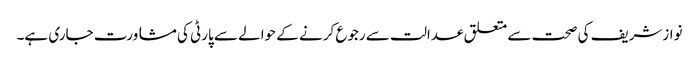
نوازشریف کی صحت سے متعلق عدالت سے رجوع کرنے کے حوالے سے پارٹی کی مشاورت جاری ہے۔